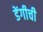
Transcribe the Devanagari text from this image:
डेंगीची